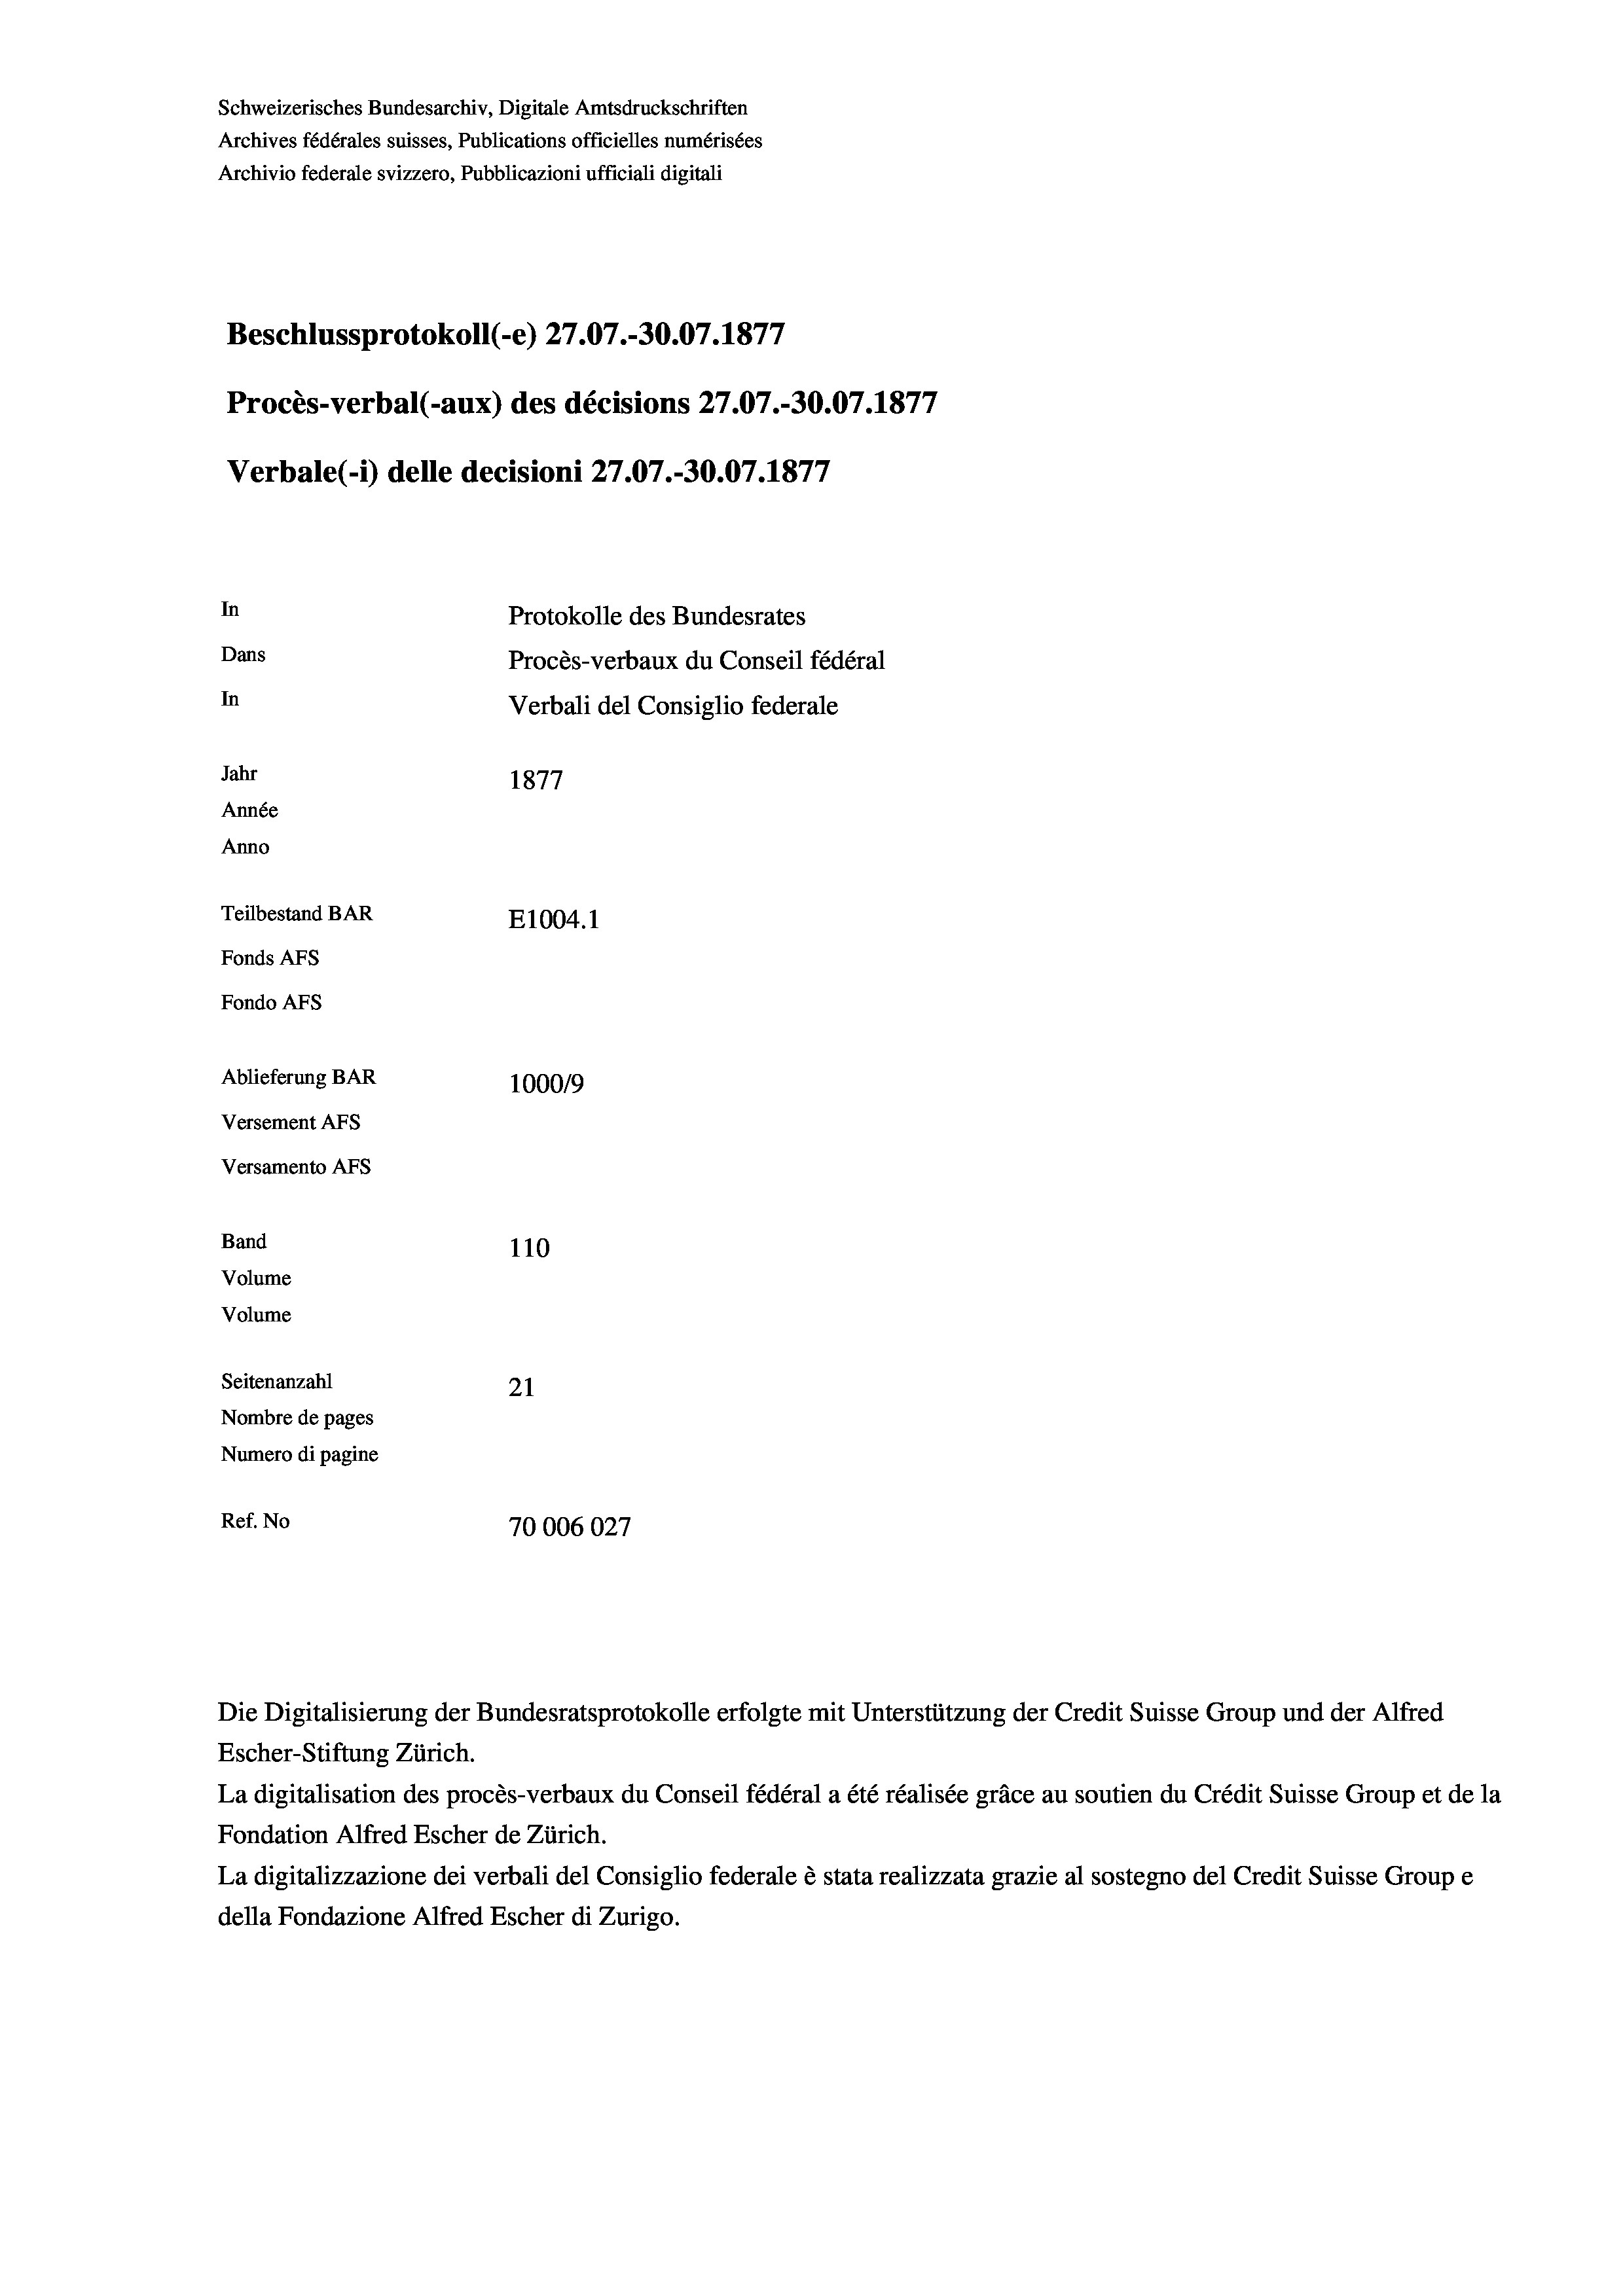
Schweizerisches Bundesarchiv, Digitale Amtsdruckschriften
Archives fédérales suisses, Publications officielles numérisées
Archivio federale svizzero, Pubblicazioni ufficiali digitali
Beschlussprotokoll (-e) 27.07.-30.07. 1877
Procès-verbal (aux) des décisions 27.07.-30.07.1877
Verbale (1) delle decisioni 27.07.-30.07. 1877
In
Protokolle des Bundesrates
Dans
Procès-verbaux du Conseil fédéral
In
Verbali del Consiglio federale
Jahr
1877
Année
Anno
Teilbestand BAR
E1004. 1
Fonds AFs
Fondo AFs
Ablieferung BAR
100019
Versement AFs
Versamento Afs
Band
110
Volume
Volume
Seitenanzahl
21
Nombre de pages
Numero di pagine
Ref. No
70006027

Escher-Stiftung Zürich.
La digitalisation des procès-verbaux du Conseil fédéral a été réalisée gräce au soutien du Crédit Suisse Group et de la
Fondation Alfred Escher de Zürich.
La digitalizzazione dei verbali del Consiglio federale è stata realizzata grazie al sostegno del Credit Suisse Groupe
della Fondazione Alfred Escher di Zurigo.

Die Digitalisierung der Bundesratsprotokolle erfolgte mit Unterstützung der Credit Suisse Group und der Alfred